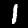
Digit: 1